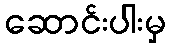
ဆောင်းပါးမှ